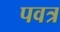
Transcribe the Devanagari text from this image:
पवत्र